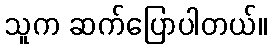
သူက ဆက်ပြောပါတယ်။